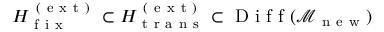
H _ { \mathrm { ~ f ~ i ~ x ~ } } ^ { \mathrm { ~ ( ~ e ~ x ~ t ~ ) ~ } } \subset H _ { \mathrm { ~ t ~ r ~ a ~ n ~ s ~ } } ^ { \mathrm { ~ ( ~ e ~ x ~ t ~ ) ~ } } \subset \mathrm { ~ D ~ i ~ f ~ f ~ } ( \mathcal { M } _ { \mathrm { ~ n ~ e ~ w ~ } } )